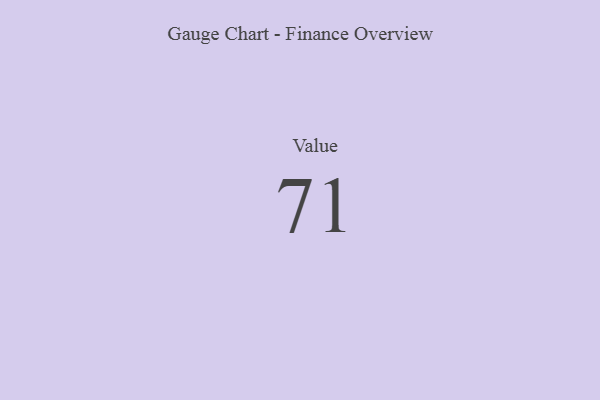
{"axis": {"x": "Metric", "y": "Value"}, "legend": [""], "data": [{"x": "Value", "y": 71, "type": ""}]}